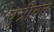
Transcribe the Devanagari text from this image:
पुत्रीवत्